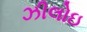
ઝીલોઇ